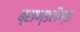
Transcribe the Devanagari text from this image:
ब्राण्डलैण्ड